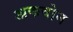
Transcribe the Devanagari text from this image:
अकवोन